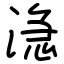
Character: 㴔